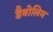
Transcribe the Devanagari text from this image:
डैबोलिम